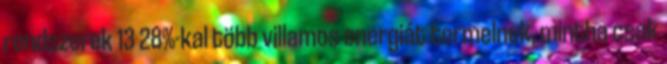
rendszerek 13 28%-kal több villamos energiát termelnek, mintha csak